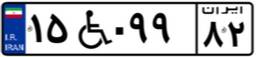
۱۵W۰۹۹۸۲